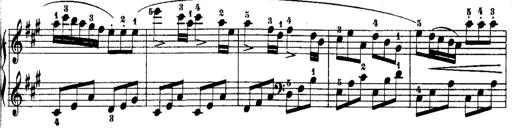
Title: Rondos and Sonatinas for Pianoforte
Composer: Daniel Steibelt